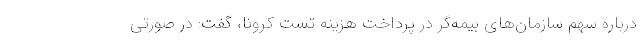
درباره سهم سازمان‌های بیمه‌گر در پرداخت هزینه تست کرونا، گفت: در صورتی